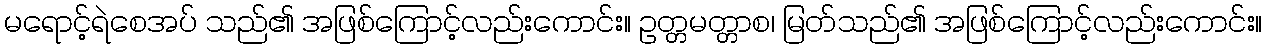
မရောင့်ရဲစေအပ် သည်၏ အဖြစ်ကြောင့်လည်းကောင်း။ ဥတ္တမတ္တာစ၊ မြတ်သည်၏ အဖြစ်ကြောင့်လည်းကောင်း။